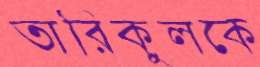
তারিকুলকে